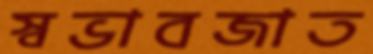
স্বভাবজাত